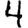
Digit: 4